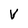
Character: V